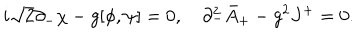
i \sqrt { 2 } \partial _ { - } \chi - g [ \phi , \psi ] = 0 , \quad \partial _ { - } ^ { 2 } \bar { A } _ { + } - g ^ { 2 } J ^ { + } = 0 .